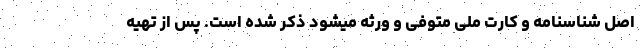
اصل شناسنامه و کارت ملی متوفی و ورثه میشود ذکر شده است. پس از تهیه